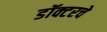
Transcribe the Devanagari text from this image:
डॉक्टरचे